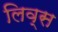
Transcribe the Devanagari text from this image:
लिव्स